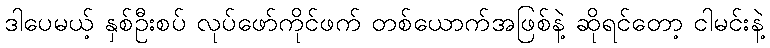
ဒါပေမယ့် နှစ်ဦးစပ် လုပ်ဖော်ကိုင်ဖက် တစ်ယောက်အဖြစ်နဲ့ ဆိုရင်တော့ ငါမင်းနဲ့